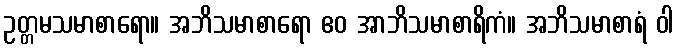
ဥတ္တမသမာစာရော။ အဘိသမာစာရော ဧဝ အာဘိသမာစာရိကံ။ အဘိသမာစာရံ ဝါ